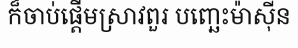
ក៏ចាប់ផ្តើមស្រាវពួរ បញ្ឆេះម៉ាស៊ីន